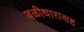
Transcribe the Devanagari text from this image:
बळीधारासह